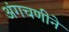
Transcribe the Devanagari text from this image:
अंगचणीने